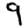
Digit: 9